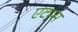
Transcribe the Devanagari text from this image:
एटम्स